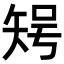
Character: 𥏃